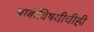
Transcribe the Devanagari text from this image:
बाबींविषयीचीही